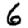
Digit: 6